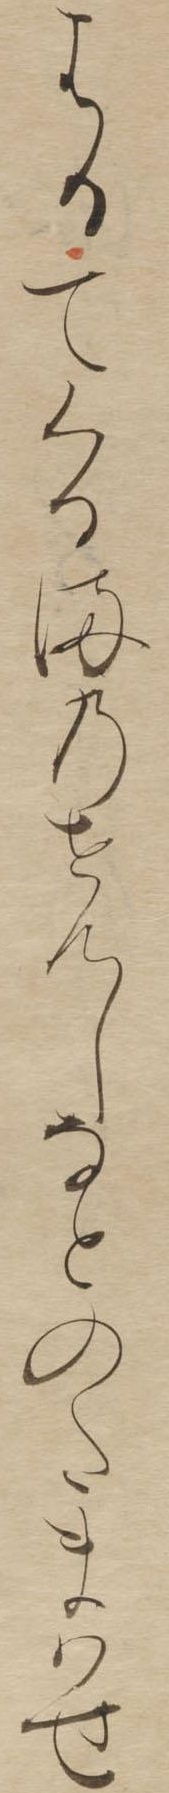
はるてくるまのせんしなとのたまはせ